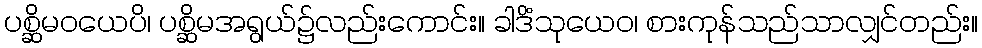
ပစ္ဆိမဝယေပိ၊ ပစ္ဆိမအရွယ်၌လည်းကောင်း။ ခါဒိံသုယေဝ၊ စားကုန်သည်သာလျှင်တည်း။